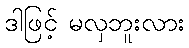
ဒါဖြင့် မလှဘူးလား